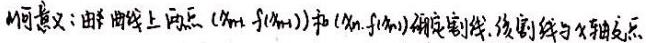
几何意义：由曲线上两点\((x_{n + 1},f(x_{n+1}))\)和\((x_{n},f(x_{n}))\)确定割线，该割线与\(x\)轴交点.